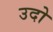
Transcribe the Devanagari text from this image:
उदो